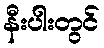
နီးပါးတွင်